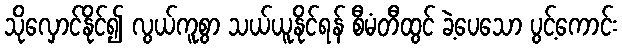
သိုလှောင်နိုင်၍ လွယ်ကူစွာ သယ်ယူနိုင်ရန် စီမံတီထွင် ခဲ့ပေသော ပွင့်ကောင်း